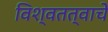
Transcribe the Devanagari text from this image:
विश्वतत्वाचे